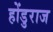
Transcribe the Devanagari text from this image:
होंडुराज